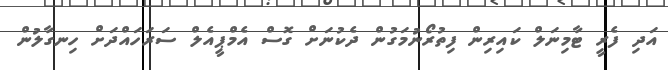
އަދި ފެރީ ޓާމިނަލް ކައިރިން ފިތުރޯނުމަގުން ދެކުނަށް ގޮސް އެމްޕީއެލް ސަރަހައްދަށް ހިނގާލުން